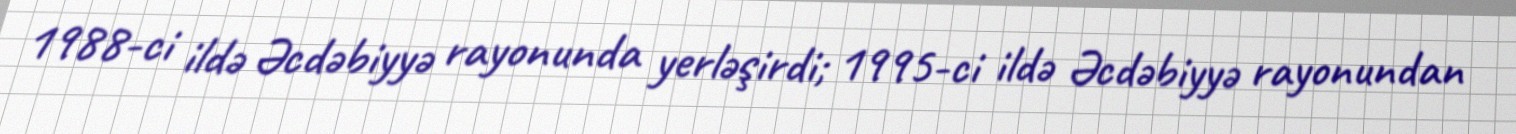
1988-ci ildə Əcdəbiyyə rayonunda yerləşirdi; 1995-ci ildə Əcdəbiyyə rayonundan